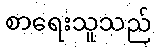
စာရေးသူသည်